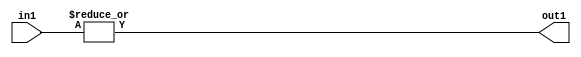
`timescale 1ps / 1ps
/*****************************************************************************
    Verilog RTL Description
    
    
    Created by: Stratus DpOpt 2019.1.01 
*******************************************************************************/

module fix2float_OrReduction_6U_1U_4_2 (
	in1,
	out1
	); /* architecture "behavioural" */ 
input [5:0] in1;
output  out1;
wire  asc001;

assign asc001 = 
	(|in1);

assign out1 = asc001;
endmodule

/* CADENCE  urXyTA0= : u9/ySgnWtBlWxVPRXgAZ4Og= ** DO NOT EDIT THIS LINE ******/